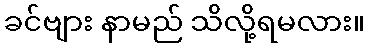
ခင်ဗျား နာမည် သိလို့ရမလား။